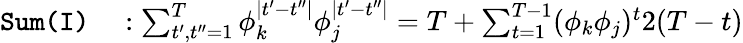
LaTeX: \begin{array}{rl}{\texttt{Sum(I)}}&{{}:\sum_{t^{\prime},t^{\prime\prime}=1}^{T}\phi_{k}^{\mid t^{\prime}-t^{\prime\prime}\mid}\phi_{j}^{\mid t^{\prime}-t^{\prime\prime}\mid}=T+\sum_{t=1}^{T-1}(\phi_{k}\phi_{j})^{t}2(T-t)}\end{array}